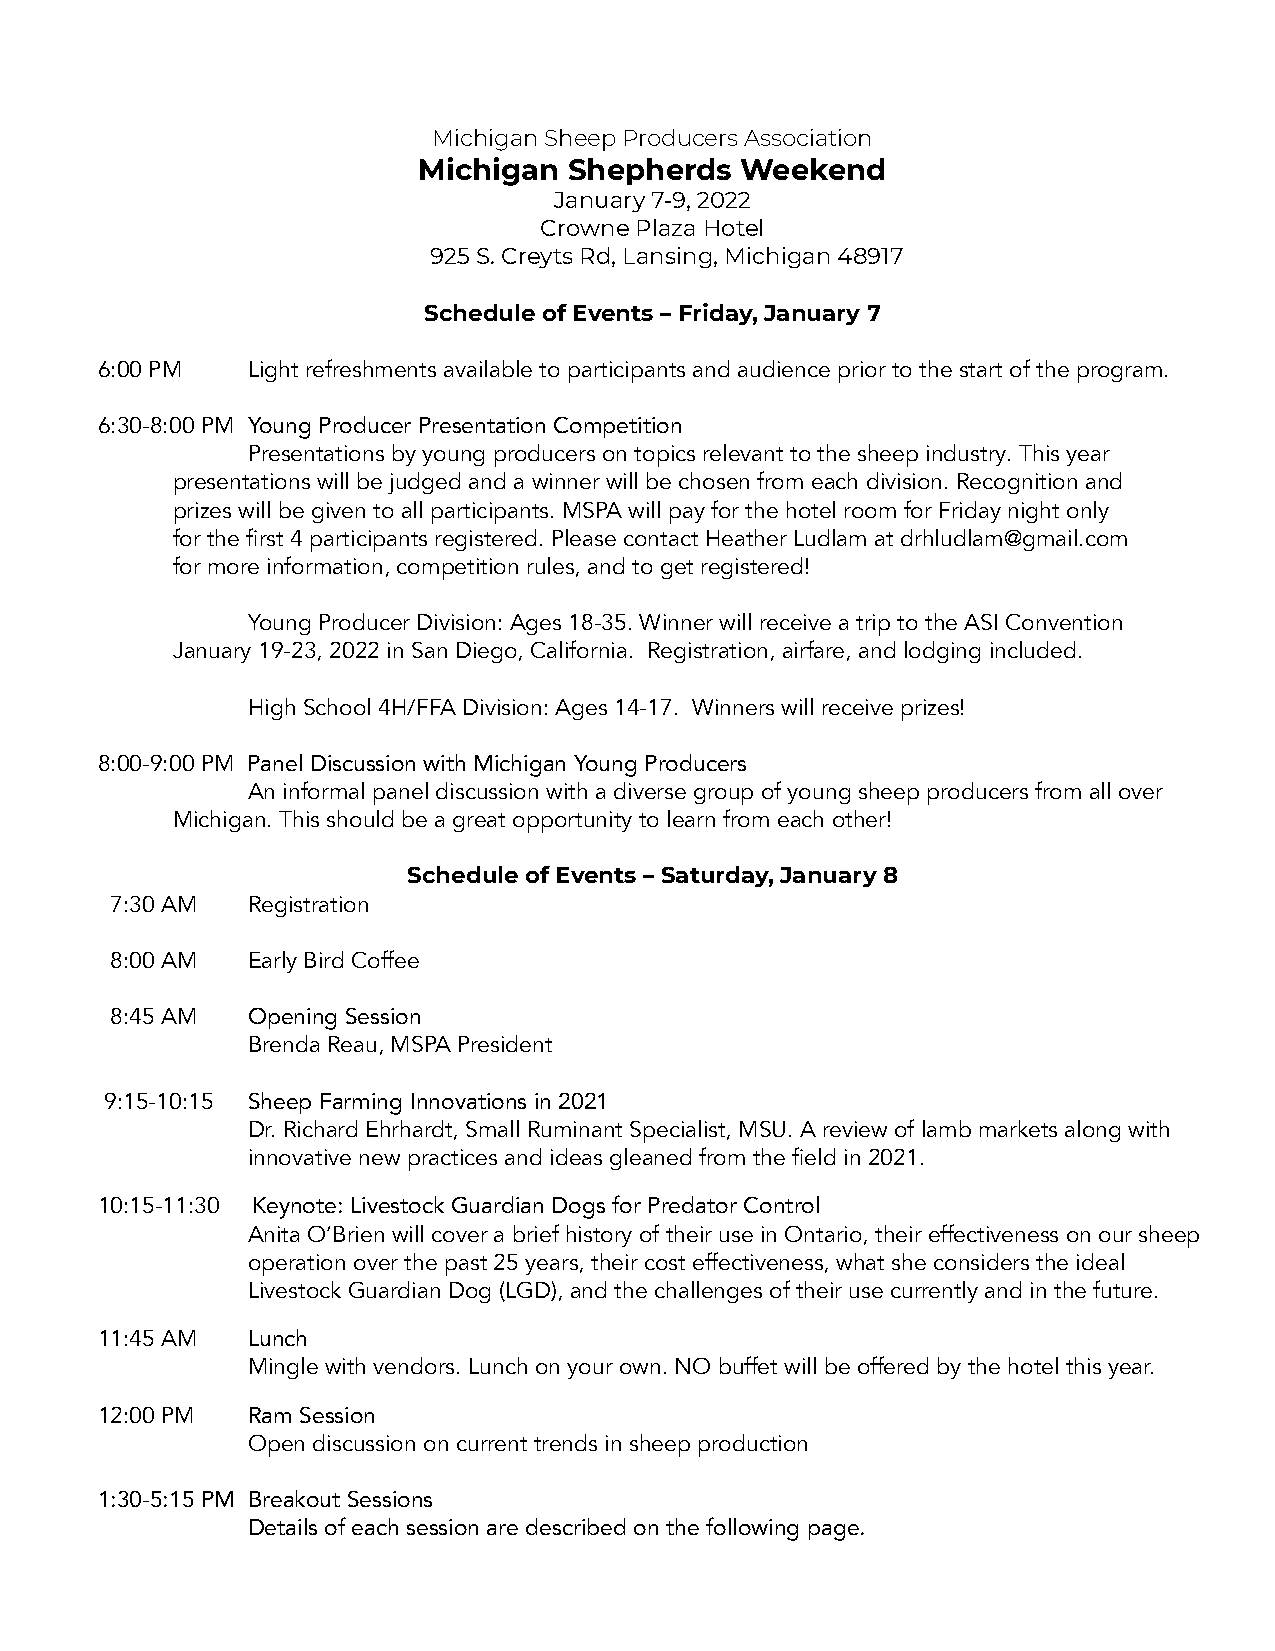
Michigan Sheep Producers Association
 Michigan  Shepherds  Weekend
 January 7-9, 2022
 Crowne Plaza Hotel
 925 S. Creyts Rd, Lansing, Michigan 48917
 Schedule of Events – Friday, January 7
 6:00 PM   Light refreshments available to participants and audience prior to the start of the program.
 6:30-8:00 PM Young Producer Presentation Competition
 Presentations by young producers on topics relevant to the sheep industry. This year
 presentations will be judged and a winner will be chosen from each division. Recognition and
 prizes will be given to all participants. MSPA will pay for the hotel room for Friday night only
 for the first 4 participants registered. Please contact Heather Ludlam at drhludlam@gmail.com
 for more information, competition rules, and to get registered!
 Young Producer Division: Ages 18-35. Winner will receive a trip to the ASI Convention
 January 19-23, 2022 in San Diego, California. Registration, airfare, and lodging included.
 High School 4H/FFA Division: Ages 14-17. Winners will receive prizes!
 8:00-9:00 PM Panel Discussion with Michigan Young Producers
 An informal panel discussion with a diverse group of young sheep producers from all over
 Michigan. This should be a great opportunity to learn from each other!
 Schedule of Events – Saturday, January 8
 7:30 AM  Registration
 8:00 AM  Early Bird Coffee
 8:45 AM  Opening Session
 Brenda Reau, MSPA President
 9:15-10:15 Sheep Farming Innovations in 2021
 Dr. Richard Ehrhardt, Small Ruminant Specialist, MSU. A review of lamb markets along with
 innovative new practices and ideas gleaned from the field in 2021.
 10:15-11:30 Keynote: Livestock Guardian Dogs for Predator Control
 Anita O’Brien will cover a brief history of their use in Ontario, their effectiveness on our sheep
 operation over the past 25 years, their cost effectiveness, what she considers the ideal
 Livestock Guardian Dog (LGD), and the challenges of their use currently and in the future.
 11:45 AM  Lunch
 Mingle with vendors. Lunch on your own. NO buffet will be offered by the hotel this year.
 12:00 PM  Ram Session
 Open discussion on current trends in sheep production
 1:30-5:15 PM Breakout Sessions
 Details of each session are described on the following page.